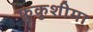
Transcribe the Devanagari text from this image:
फ़ुकुशीमा